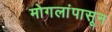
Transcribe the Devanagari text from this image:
मोगलांपासून